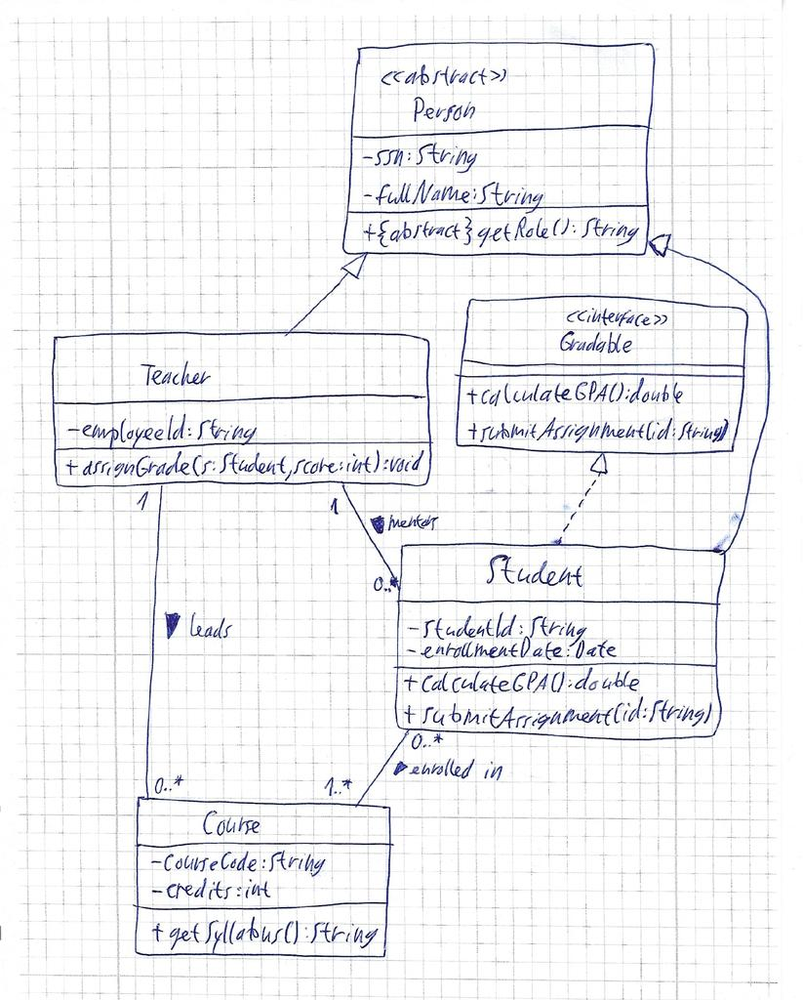
Diagram type: class_diagram
```plantuml
@startuml

interface Gradable {
  + calculateGPA(): double
  + submitAssignment(id: String)
}

abstract class Person {
  - ssn: String
  - fullName: String
  + {abstract} getRole(): String
}

class Teacher extends Person {
  - employeeId: String
  + assignGrade(s: Student, score: int): void
}

class Student extends Person implements Gradable {
  - studentId: String
  - enrollmentDate: Date
  + calculateGPA(): double
  + submitAssignment(id: String)
}

class Course {
  - courseCode: String
  - credits: int
  + getSyllabus(): String
}

Teacher "1" -- "0..*" Course : leads >
Student "0..*" -- "1..*" Course : enrolled in >
Teacher "1" -- "0..*" Student : mentors >

@enduml
```